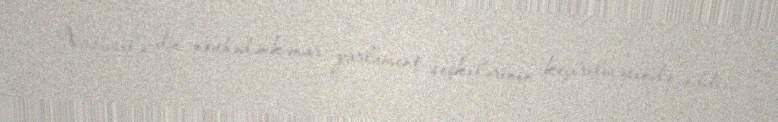
Xüsusilə də, növbədənkənar parlament seçkilərinin keçirilməsində ciddi